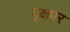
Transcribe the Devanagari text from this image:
वृक्षपर